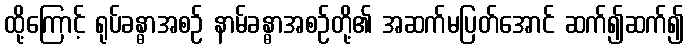
ထို့ကြောင့် ရုပ်ခန္ဓာအစဉ် နာမ်ခန္ဓာအစဉ်တို့၏ အဆက်မပြတ်အောင် ဆက်၍ဆက်၍